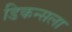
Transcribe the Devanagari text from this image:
डिकन्सला